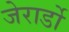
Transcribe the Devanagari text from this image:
जेरार्डो